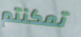
تمكنتم